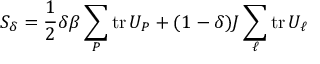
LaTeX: S _ { \delta } = \frac { 1 } { 2 } \delta \beta \sum _ { P } \mathrm { t r } \, U _ { P } + ( 1 - \delta ) J \sum _ { \ell } \mathrm { t r } \, U _ { \ell }